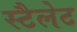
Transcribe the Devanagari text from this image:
स्टैलेट